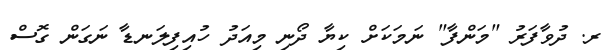
ރ. ދުވާފަރު "މަންފާ" ނަމަކަށް ކިޔާ ދޯނި މިއަދު ހުއިފިލަނޑާ ނަގަން ގޮސް